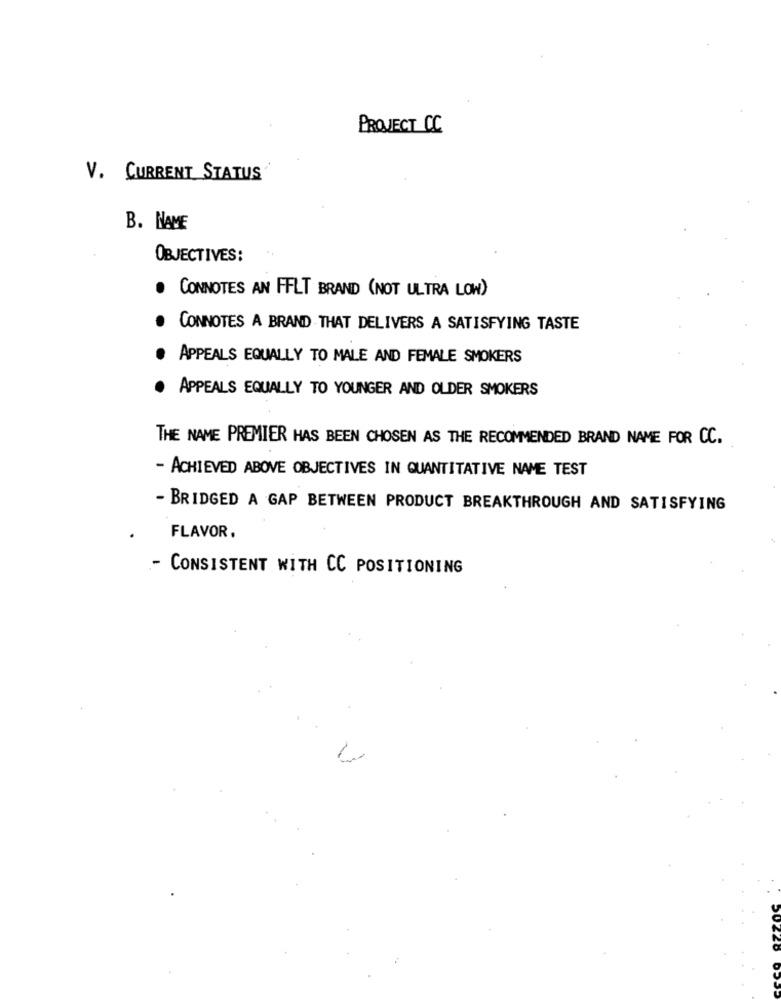
PROJECT C.
V. CURRENT STATUS
B. NAME
OBJECTIVES:
. CONNOTES AN FELT BRAND (NOT ULTRA LOW)
CONNOTES A BRAND THAT DELIVERS A SATISFYING TASTE
APPEALS EQUALLY TO MALE AND FEMALE SMOKERS
APPEALS EQUALLY TO YOUNGER AND OLDER SMOKERS
THE NAME PREMIER HAS BEEN CHOSEN AS THE RECOMMENDED BRAND NAME FOR CC.
- ACHIEVED ABOVE OBJECTIVES IN QUANTITATIVE NAME TEST
- BRIDGED A GAP BETWEEN PRODUCT BREAKTHROUGH AND SATISFYING
FLAVOR.
- CONSISTENT WITH CC POSITIONING